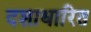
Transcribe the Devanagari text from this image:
दशाधारित